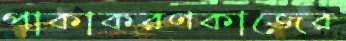
পাকাকরণকাজের